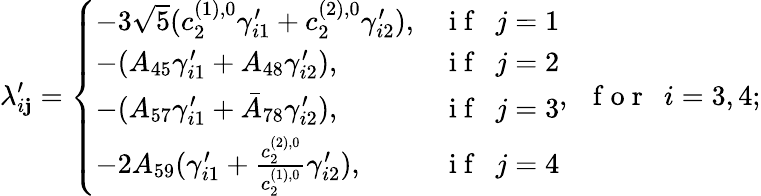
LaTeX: \lambda_{i\mathbf{j}}^{\prime}=\left\{ \begin{array}{ll}{-3\sqrt{5}(c_{2}^{(1),0}\gamma_{i1}^{\prime}+c_{2}^{(2),0}\gamma_{i2}^{\prime}),}&{\mathrm{~i~f~~~}j=1}\\ {-(A_{45}\gamma_{i1}^{\prime}+A_{48}\gamma_{i2}^{\prime}),}&{\mathrm{~i~f~~~}j=2}\\ {-(A_{57}\gamma_{i1}^{\prime}+\bar{A}_{78}\gamma_{i2}^{\prime}),}&{\mathrm{~i~f~~~}j=3}\\ {-2A_{59}(\gamma_{i1}^{\prime}+\frac{c_{2}^{(2),0}}{c_{2}^{(1),0}}\gamma_{i2}^{\prime}),}&{\mathrm{~i~f~~~}j=4}\end{array}\right.,\mathrm{{~~~f~o~r~~~}}i=3,4;